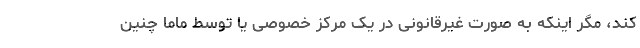
کند، مگر اینکه به صورت غیرقانونی در یک مرکز خصوصی یا توسط ماما چنین